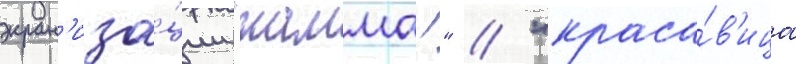
экран'иза́ции "мамма!" // "краса́в'ица